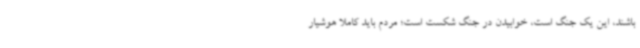
باشند، این یک جنگ است، خوابیدن در جنگ شکست است؛ مردم باید کاملا هوشیار